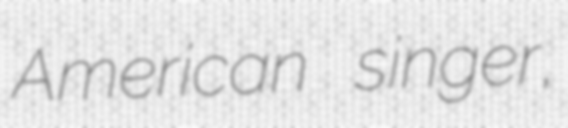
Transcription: American singer,